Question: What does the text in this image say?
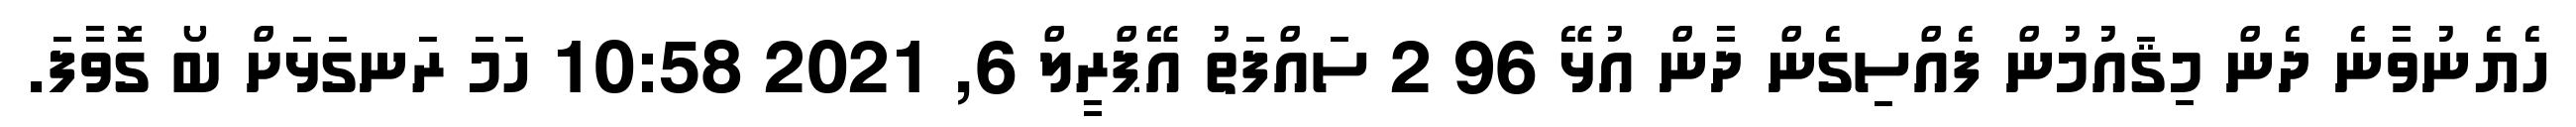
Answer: ހެޔެނުވާނެ ދެން މިޤައުމުން ފެއްސިގެން ދާން އުޅޭ 96 2 ސައްފަތު އޭޕްރީލް 6, 2021 10:58 ހަމަ ރަނގަޅަށް ބޯ ގޮވާފަ.